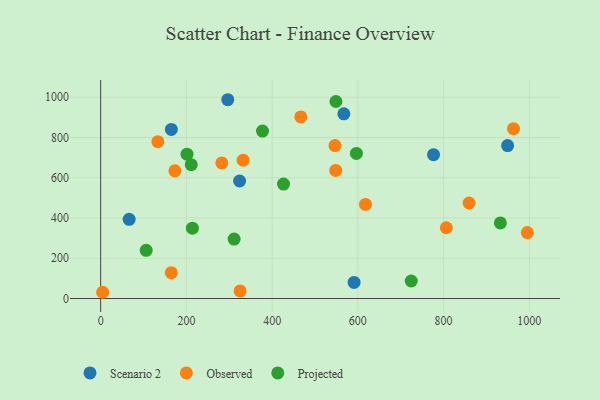
{"axis": {"x": "Price", "y": "Exam Score"}, "legend": ["Observed", "Projected", "Scenario 2"], "data": [{"x": "567.3", "y": 917.4, "type": "Scenario 2"}, {"x": "324.1", "y": 583.7, "type": "Scenario 2"}, {"x": "776.5", "y": 714.7, "type": "Scenario 2"}, {"x": "949.3", "y": 759.7, "type": "Scenario 2"}, {"x": "164.9", "y": 840.0, "type": "Scenario 2"}, {"x": "591.2", "y": 80.0, "type": "Scenario 2"}, {"x": "66.5", "y": 393.5, "type": "Scenario 2"}, {"x": "296.5", "y": 987.5, "type": "Scenario 2"}, {"x": "4.6", "y": 31.0, "type": "Observed"}, {"x": "806.3", "y": 351.6, "type": "Observed"}, {"x": "963.1", "y": 843.6, "type": "Observed"}, {"x": "282.6", "y": 673.6, "type": "Observed"}, {"x": "548.3", "y": 636.5, "type": "Observed"}, {"x": "546.6", "y": 759.6, "type": "Observed"}, {"x": "164.7", "y": 128.3, "type": "Observed"}, {"x": "332.3", "y": 687.4, "type": "Observed"}, {"x": "325.3", "y": 37.8, "type": "Observed"}, {"x": "466.9", "y": 902.3, "type": "Observed"}, {"x": "617.7", "y": 467.4, "type": "Observed"}, {"x": "173.1", "y": 634.3, "type": "Observed"}, {"x": "995.4", "y": 327.6, "type": "Observed"}, {"x": "133.4", "y": 779.1, "type": "Observed"}, {"x": "859.4", "y": 474.6, "type": "Observed"}, {"x": "932.4", "y": 375.6, "type": "Projected"}, {"x": "724.5", "y": 87.0, "type": "Projected"}, {"x": "311.3", "y": 295.3, "type": "Projected"}, {"x": "548.8", "y": 978.7, "type": "Projected"}, {"x": "426.6", "y": 568.4, "type": "Projected"}, {"x": "201.4", "y": 717.0, "type": "Projected"}, {"x": "106.2", "y": 239.2, "type": "Projected"}, {"x": "211.3", "y": 664.8, "type": "Projected"}, {"x": "214.0", "y": 349.3, "type": "Projected"}, {"x": "377.5", "y": 831.8, "type": "Projected"}, {"x": "596.6", "y": 720.9, "type": "Projected"}]}